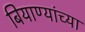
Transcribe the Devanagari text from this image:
बियाण्यांच्या